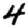
Digit: 4